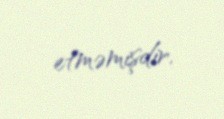
etməmişdir.